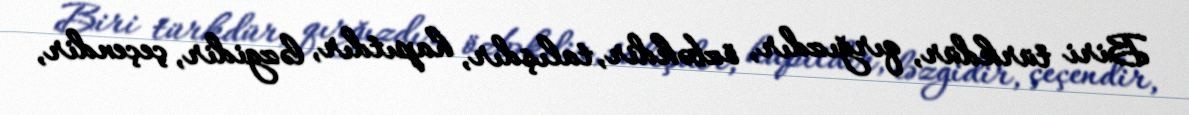
Biri türkdür, qırğızdır, özbəkdir, talışdır, hapıtdır, ləzgidir, çeçendir,